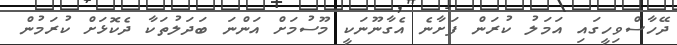
ދޭހާސްވިހީގައި އަމަލު ކުރަން ފަށާނެ އެގާނޫނަކީ މޫސުމަށް އަންނަ ބަދަލުތަކާ ދެކޮޅަށް ކުރަމުން